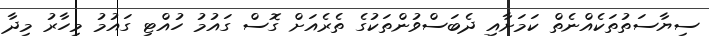
ސިޔާސަތުތަކެއްނެތް ކަމަށާއި ދެބަސްވުންތަކުގެ ތެރެއަށް ގޮސް ގައުމު ހުއްޓި ގައުމު މިހާރު މިދާ